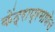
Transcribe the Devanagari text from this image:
केंद्राप्रमाणेच